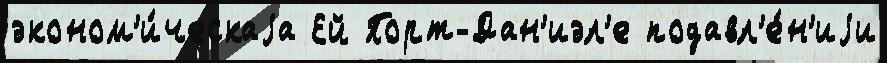
эконом'и́ческаjа Ей Порт-Дан'иэл'е подавл'е́н'иjи